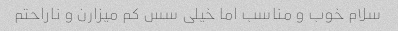
سلام خوب و مناسب اما خیلی سس کم میزارن و ناراحتم